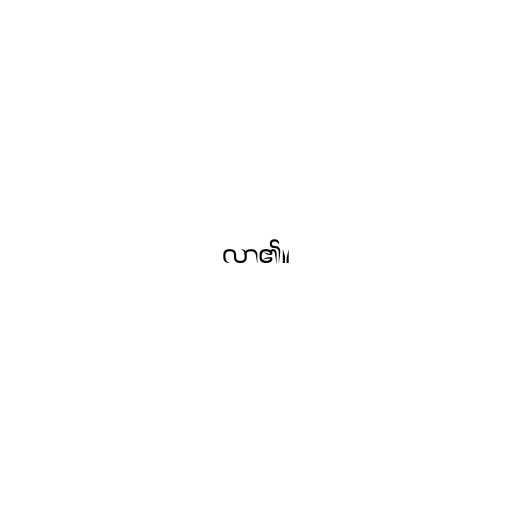
လာ၏။